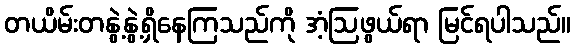
တယိမ်းတနွဲ့နွဲ့ရှိနေကြသည်ကို အံ့ဩဖွယ်ရာ မြင်ရပါသည်။